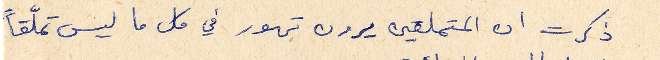
ذكرت ان المتملقين يرون تهور في كل ما ليس تملّقاً